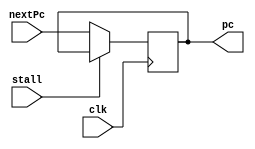
/**
    This modules implements a 64-bit wide program counter, which is
        effectively just a D flip flop array. 
    @author Andrew Jones (https://github.com/AndrewJones-PSU)

    @param nextPc input of next state of the program counter
    @param clk input clock signal
    @param stall input signal for stalling the program counter
    @param pc output current state of the program counter
*/
module ProgramCounter(
    input [63:0] nextPc,
    input clk,
    input stall, 
    
    output reg [63:0] pc
);

    initial pc = 64'h0;

    always @(posedge clk)
        if (stall == 0)
            pc <= nextPc;

endmodule